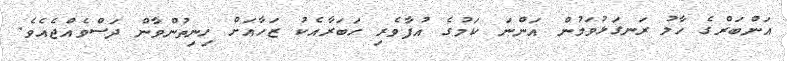
އަންބަރްގެ ހާލު ރަނގަޅުވަމުން އަންނަ ކަމުގެ އުފާވެރި ހަބަރާއެކު ޒަހާއަށް ހިނިތުންވާން ދަސްވެއްޖެއެވެ.